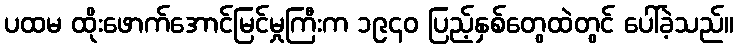
ပထမ ထိုးဖောက်အောင်မြင်မှုကြီးက ၁၉၄၀ ပြည့်နှစ်တွေထဲတွင် ပေါ်ခဲ့သည်။